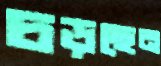
চড়ছেন